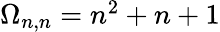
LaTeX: \begin{array}{r}{\Omega_{n,n}=n^{2}+n+1}\end{array}